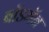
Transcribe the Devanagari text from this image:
बॉडमॅन